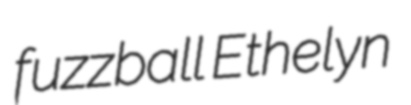
fuzzball Ethelyn